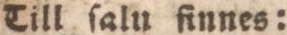
Till ſaln finnes: